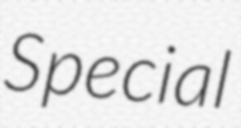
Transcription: Special